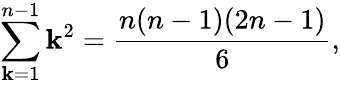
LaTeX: \sum_{\mathbf{k}=1}^{n-1}\mathbf{k}^{2}=\frac{{n(n-1)(2n-1)}}{{6}},